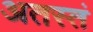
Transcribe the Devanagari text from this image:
अतस्तं